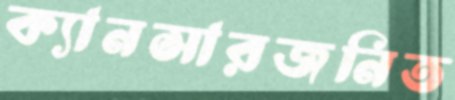
ক্যানসারজনিত